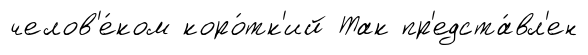
челов'е́ком коро́тк'ий Так пр'едста́вл'ен